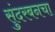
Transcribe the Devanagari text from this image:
सुंदरबनचा